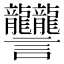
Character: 𧮩